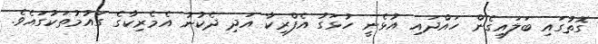
ގޮތުގައި ބަލައިގެން ހައްދައި އުޅެނީ ހުޅަގު އެފްރިކާ އަދި ދެކުނު އެމެރިކާގެ ގައުމުތަކުގައެވެ.